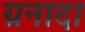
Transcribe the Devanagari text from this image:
ग्रनादा